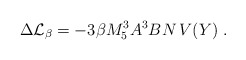
\begin{align*} \Delta{\cal L}_{\beta}=- 3\beta M_5^3 A^3B N\, V(Y) \ . \end{align*}